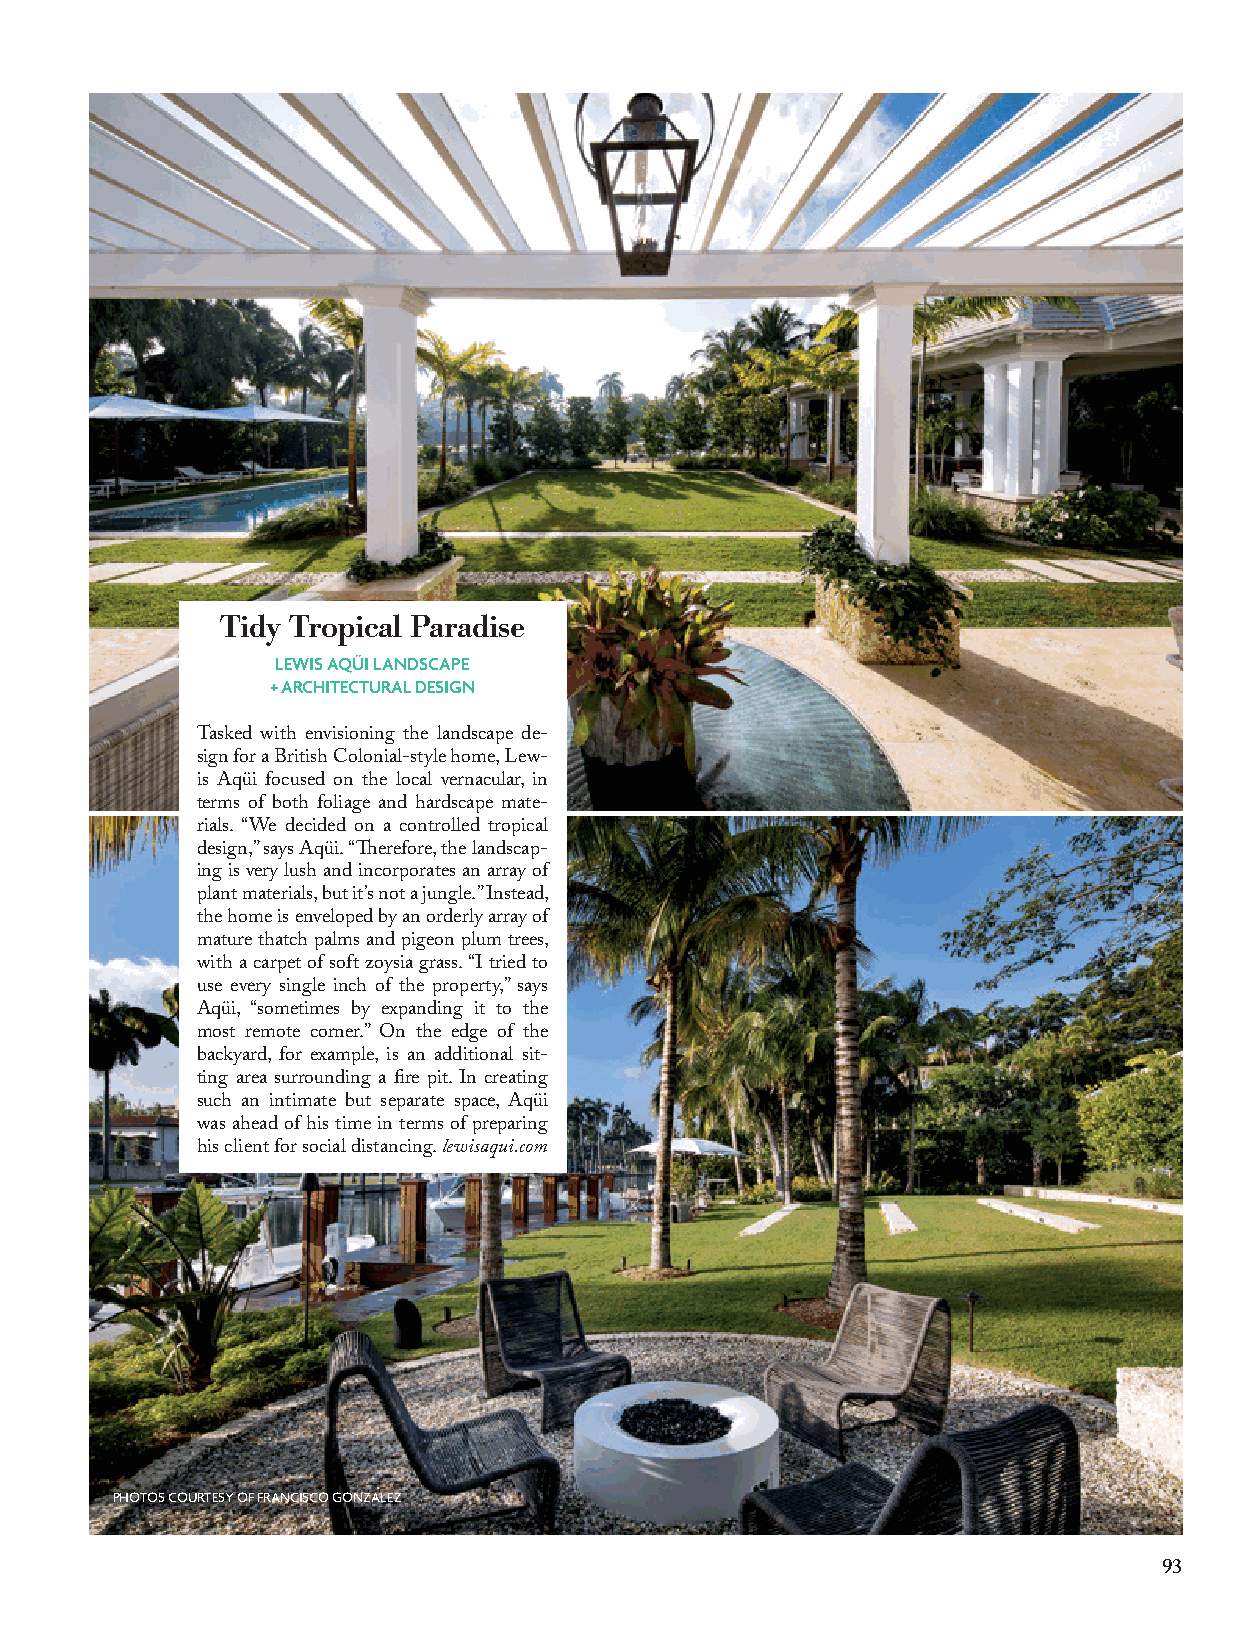
Tidy Tropical Paradise
 LEWIS AQÜI LANDSCAPE
 + ARCHITECTURAL DESIGN
 Tasked with envisioning the landscape de-
 sign for a British Colonial-style home, Lew-
 is Aqüi focused on the local vernacular, in
 terms of both foliage and hardscape mate-
 rials. “We decided on a controlled tropical
 design,” says Aqüi. “Therefore, the landscap-
 ing is very lush and incorporates an array of
 plant materials, but it’s not a jungle.” Instead,
 the home is enveloped by an orderly array of
 mature thatch palms and pigeon plum trees,
 with a carpet of soft zoysia grass. “I tried to
 use every single inch of the property,” says
 Aqüi, “sometimes by expanding it to the
 most remote corner.” On the edge of the
 backyard, for example, is an additional sit-
 ting area surrounding a fire pit. In creating
 such an intimate but separate space, Aqüi
 was ahead of his time in terms of preparing
 his client for social distancing. lewisaqui.com
 PHOTOS COURTESY OF FRANCISCO GONZALEZ
 93